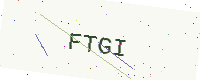
Text: FTGI